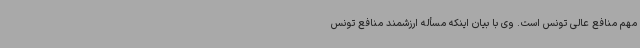
مهم منافع عالی تونس است. وی با بیان اینکه مسأله ارزشمند منافع تونس